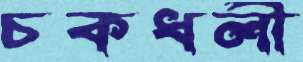
চকধলী